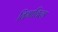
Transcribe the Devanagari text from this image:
विभावित्म